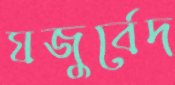
যজুর্বেদ